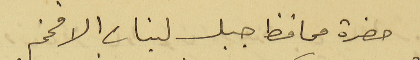
حضرة محافظ جبل لبنان الافخم